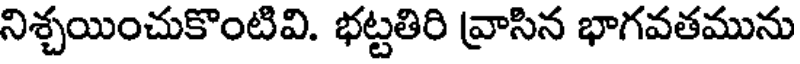
నిశ్చయించుకొంటివి. భట్టతిరి వ్రాసిన భాగవతమును